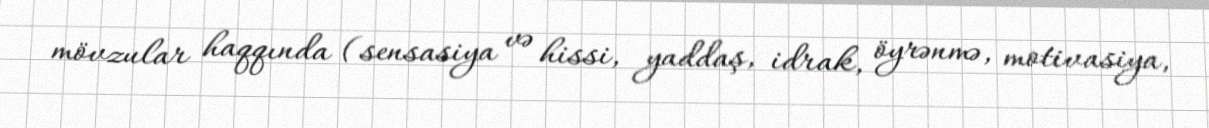
mövzular haqqında (sensasiya və hissi, yaddaş, idrak, öyrənmə, motivasiya,